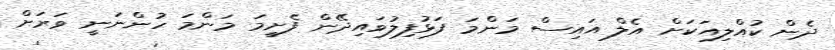
ދެން ކުއްލިއަކަށް އެލް އައިސް މަންމަ ފަޅުފިލުވައިދޭން ފެށީމަ މަންމަ ހުންނަނީ ވަރަށް